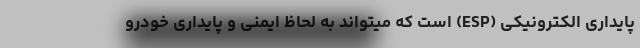
پایداری الکترونیکی (ESP) است که میتواند به لحاظ ایمنی و پایداری خودرو